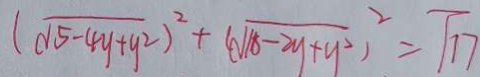
( \sqrt { 5 - 4 y + y ^ { 2 } } ) ^ { 2 } + ( \sqrt { 1 8 - 2 y + y ^ { 2 } } ) ^ { 2 } = \sqrt { 1 7 }